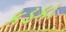
કડકા